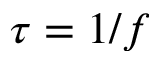
\tau = 1 / f